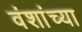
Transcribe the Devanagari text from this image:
वंशांच्या